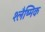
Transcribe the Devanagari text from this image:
श्‍लैष्‍मिक